Report on horse surra - Volume I
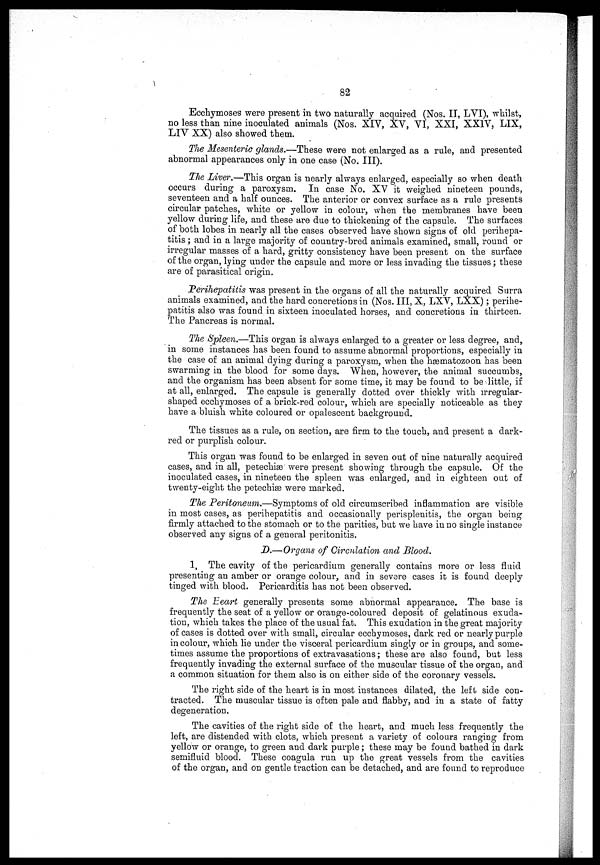
82
Ecchymoses were present in two naturally acquired (Nos. II, LVI), whilst,
no less than nine inoculated animals (Nos. XIV, XV, VI, XXI, XXIV, LIX,
LIV XX) also showed them.
The Mesenteric glands.—These were not enlarged as a rule, and presented
abnormal appearances only in one case (No. III).
The Liver.—This organ is nearly always enlarged, especially so when death
occurs during a paroxysm. In case No. XV it weighed nineteen pounds,
seventeen and a half ounces. The anterior or convex surface as a rule presents
circular patches, white or yellow in colour, when the membranes have been
yellow during life, and these are due to thickening of the capsule. The surfaces
of both lobes in nearly all the cases observed have shown signs of old perihepa-
titis ; and in a large majority of country-bred animals examined, small, round or
irregular masses of a hard, gritty consistency have been present on the surface
of the organ, lying under the capsule and more or less invading the tissues ; these
are of parasitical origin.
Perihepatitis was present in the organs of all the naturally acquired Surra
animals examined, and the hard concretions in (Nos. III, X, LXV, LXX) ; perihe-
patitis also was found in sixteen inoculated horses, and concretions in thirteen.
The Pancreas is normal.
The Spleen.—This organ is always enlarged to a greater or less degree, and,
in some instances has been found to assume abnormal proportions, especially in
the case of an animal dying during a paroxysm, when the hæmatozoon has been
swarming in the blood for some days. When, however, the animal succumbs,
and the organism has been absent for some time, it may be found to be little, if
at all, enlarged. The capsule is generally dotted over thickly with irregular-
shaped ecchymoses of a brick-red colour, which are specially noticeable as they
have a bluish white coloured or opalescent background.
The tissues as a rule, on section, are firm to the touch, and present a dark 1 -
red or purplish colour.
This organ was found to be enlarged in seven out of nine naturally acquired
cases, and in all, petechias were present showing through the capsule. Of the
inoculated cases, in nineteen the spleen was enlarged, and in eighteen out of
twenty-eight the petechias were marked.
The Peritoneum.—Symptoms of old circumscribed inflammation are visible
in most cases, as perihepatitis and occasionally perisplenitis, the organ being
firmly attached to the stomach or to the parities, but we have in no single instance
observed any signs of a general peritonitis.
D.—Organs of Circulation and Blood.
1, The cavity of the pericardium generally contains more or less fluid
presenting an amber or orange colour, and in severe cases it is found deeply
tinged with blood. Pericarditis has not been observed.
The Eeart generally presents some abnormal appearance. The base is
frequently the seat of a yellow or orange-coloured deposit of gelatinous exuda-
tion, which takes the place of the usual fat. This exudation in the great majority
of cases is dotted over with small, circular ecchymoses, dark red or nearly purple
in colour, which lie under the visceral pericardium singly or in groups, and some-
times assume the proportions of extravasations ; these are also found, but less
frequently invading the external surface of the muscular tissue of the organ, and
a common situation for them also is on either side of the coronary vessels.
The right side of the heart is in most instances dilated, the left side con-
tracted. The muscular tissue is often pale and flabby, and in a state of fatty
degeneration.
The cavities of the right side of the heart, and much less frequently the
left, are distended with clots, which present a variety of colours ranging from
yellow or orange, to green and dark purple ; these may be found bathed in dark
semifluid blood. These coagula run up the great vessels from the cavities
of the organ, and on gentle traction can be detached, and are found to reproduce